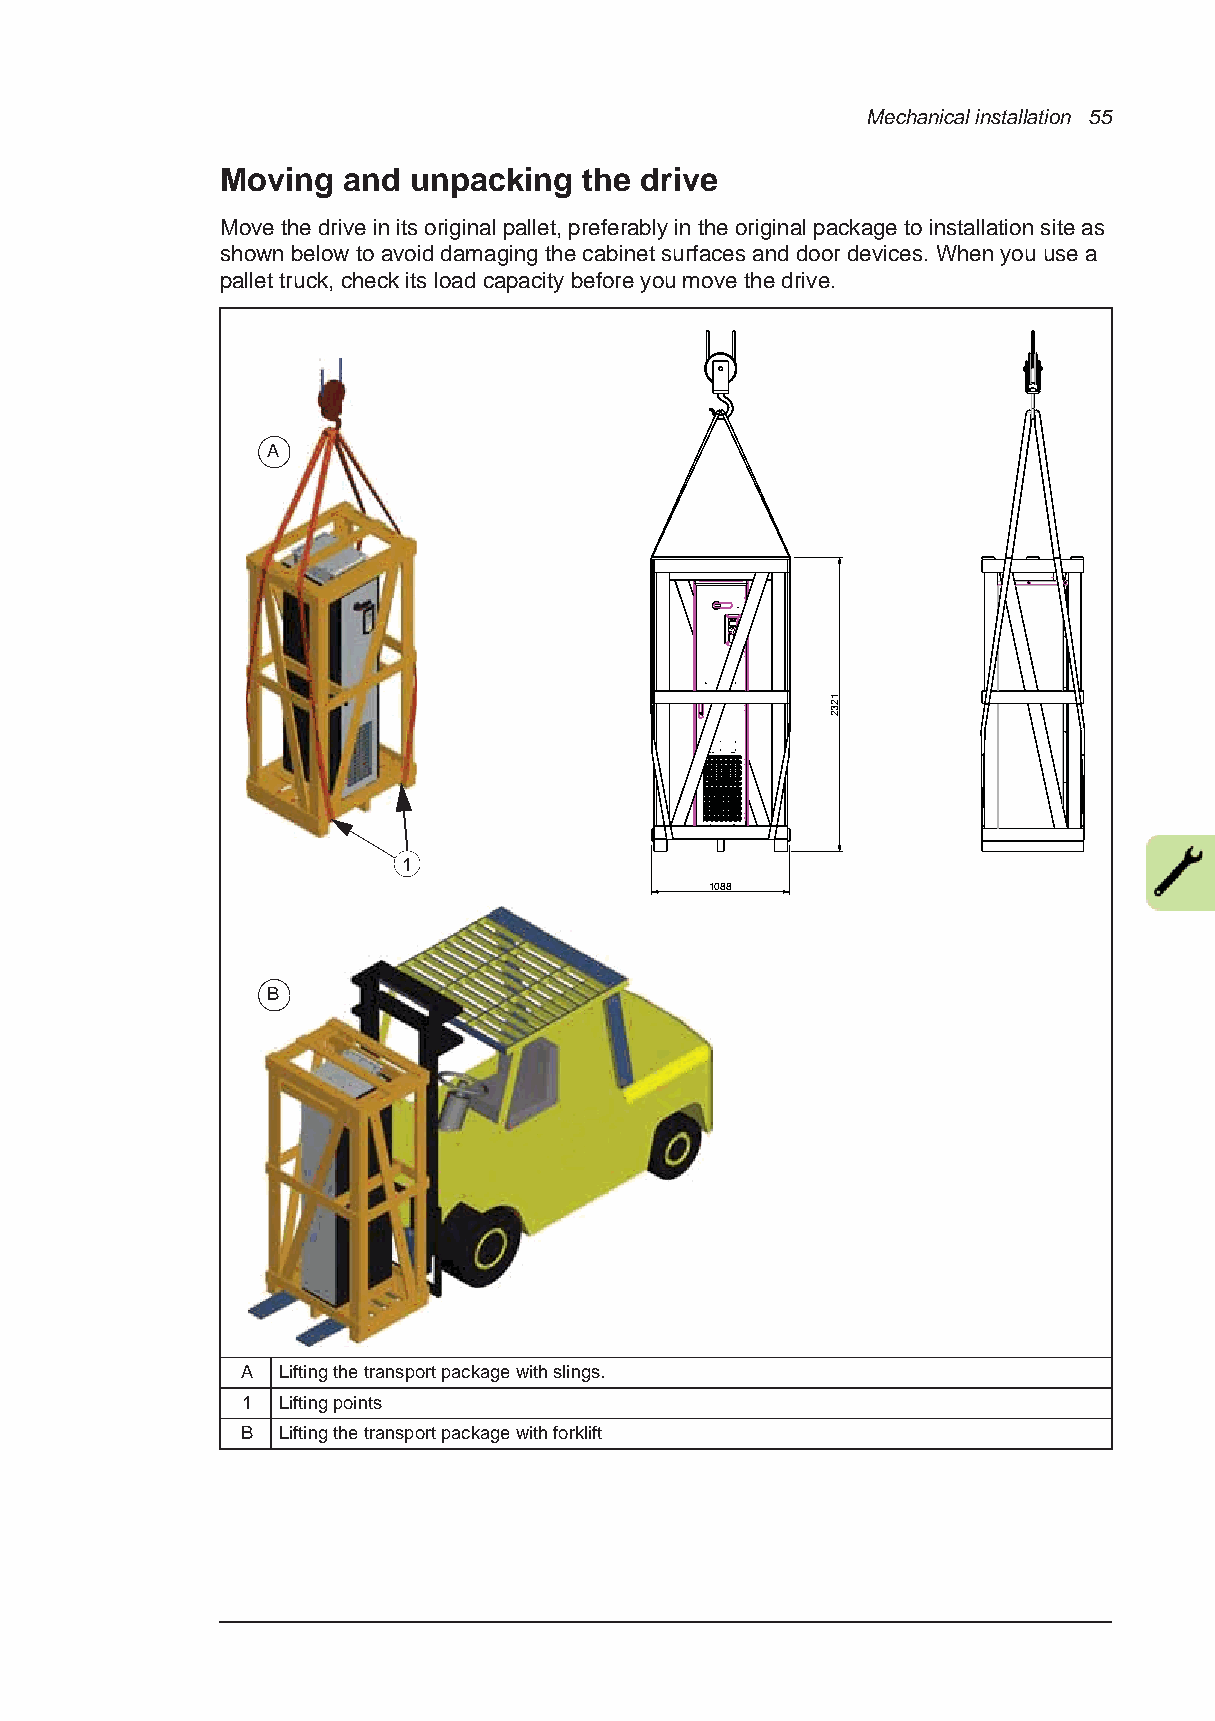
Mechanical installation 55
 Moving  and unpacking   the drive
 Move the drive in its original pallet, preferably in the original package to installation site as
 shown below to avoid damaging the cabinet surfaces and door devices. When you use a
 pallet truck, check its load capacity before you move the drive.
 A
 1
 1088
 B
 A Lifting the transport package with slings.
 1 Lifting points
 B Lifting the transport package with forklift
 1232